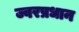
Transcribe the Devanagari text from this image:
ज्वरप्रधान